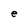
Character: e